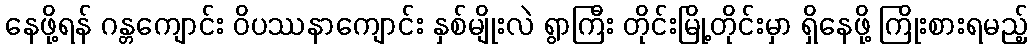
နေဖို့ရန် ဂန္တကျောင်း ဝိပဿနာကျောင်း နှစ်မျိုးလဲ ရွာကြီး တိုင်းမြို့တိုင်းမှာ ရှိနေဖို့ ကြိုးစားရမည့်